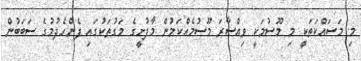
މި މަސައްކަތަކީ މި މޫސުމަކީ ވިއްސާރަ މޫސުމެއްކަމުން މާފުށީގެ މަގުތަކުގައި ފެންހެދުމުގެ ސަބަބުން